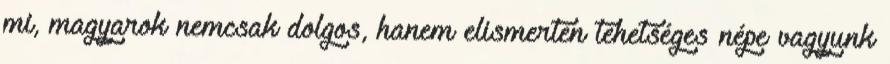
mi, magyarok nemcsak dolgos, hanem elismerten tehetséges népe vagyunk